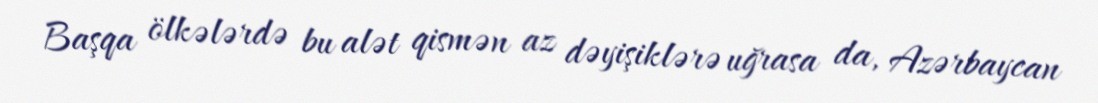
Başqa ölkələrdə bu alət qismən az dəyişiklərə uğrasa da, Azərbaycan